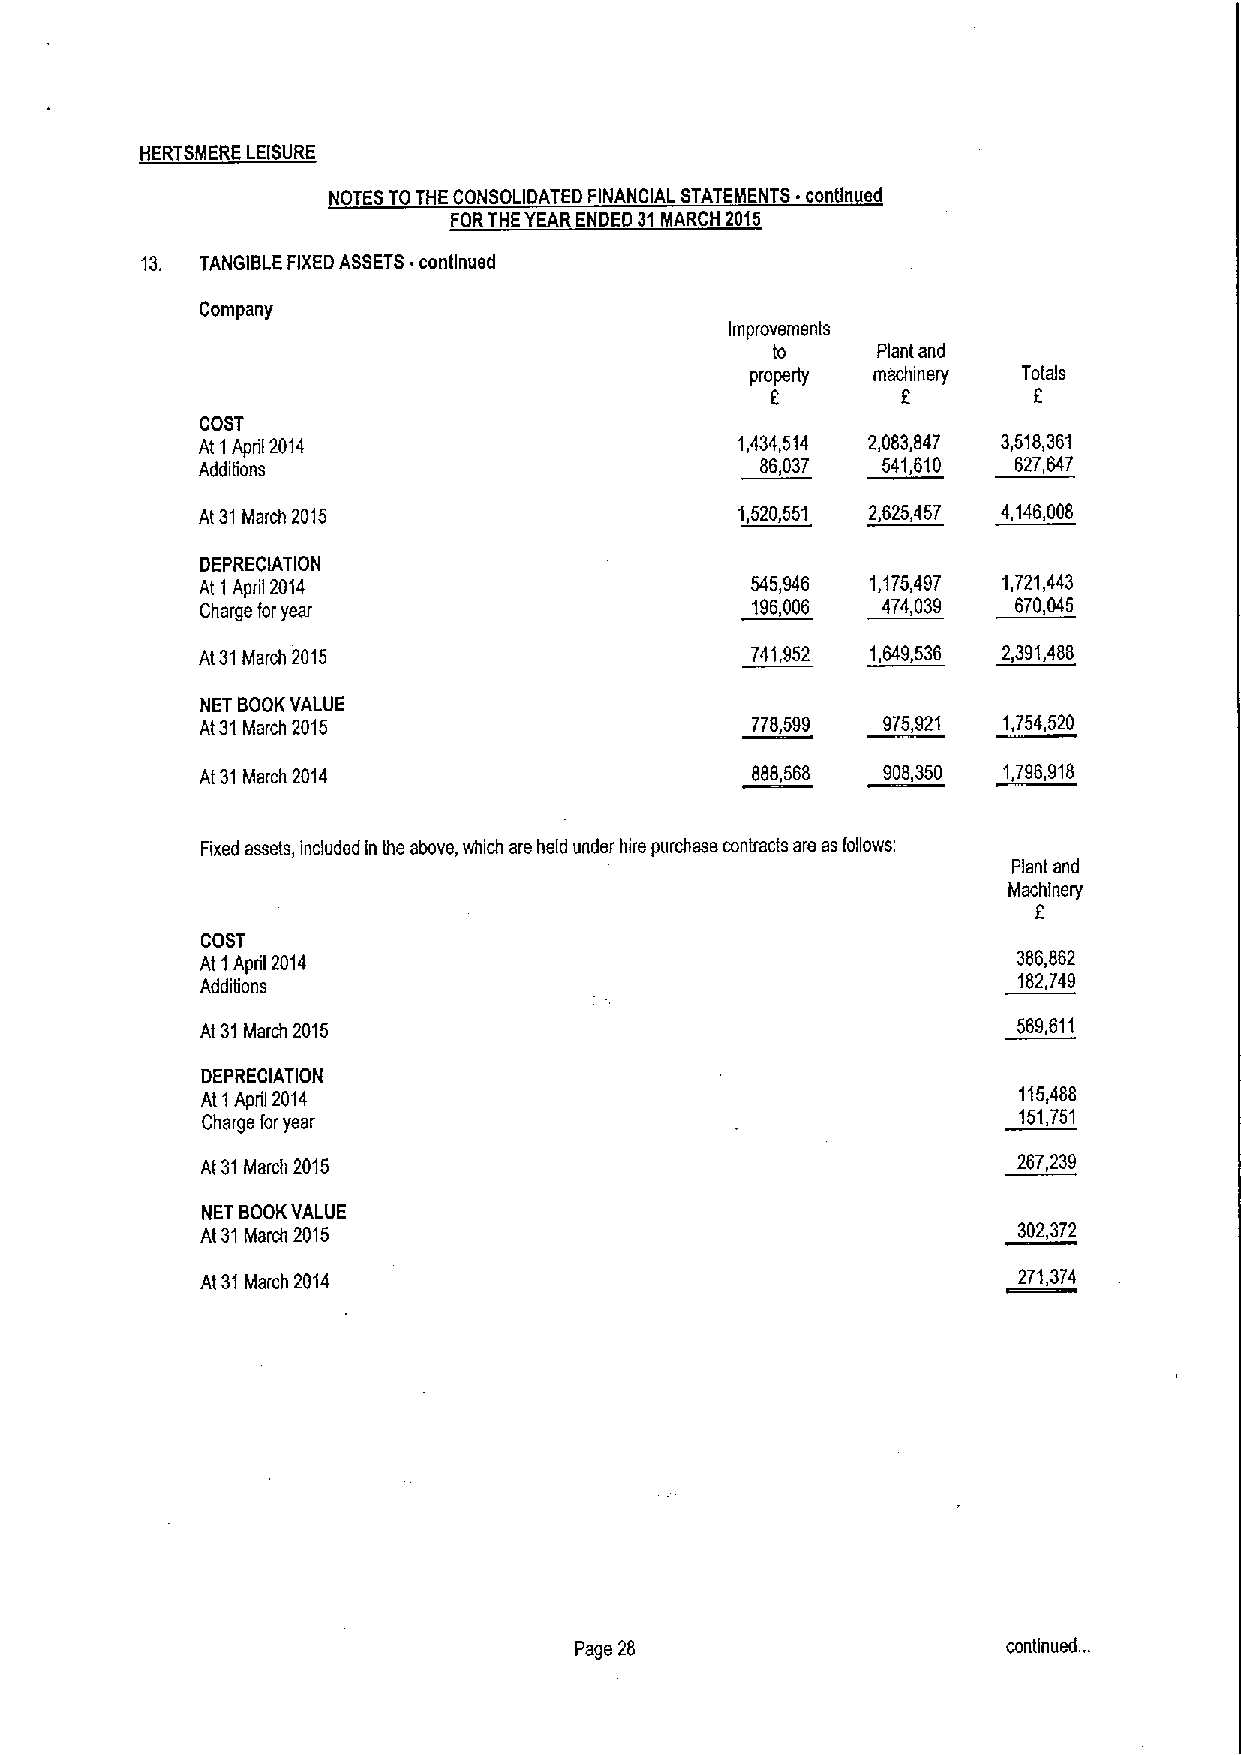
HERTSMERE LEISURE
 NOTES TOTHE CONSOLIDATED FINANCIAL STATEMENTS contin ed
 FORTHEYEAR ENDED 31MARCH 2015
 13. TANGIBLE FIXEDASSETS continued
 Company
 Improvements
 to     Plant and
 property machinery Totals
 6        6
 COST
 At 1April 2014                      1,434,514 2,083,847 3,518,361
 Additions                            86,037  541,610  627,647
 At 31March 2015                     1,520,551 2,625,457 4,146,008
 DEPRECIATION
 At 1April 2014                       545,946 1,175,497 1,721,443
 Charge foryear                       196,006 474,039  670,045
 At31March 2015                       741,952 1,649,536 2,391,488
 NET BOOKVALUE
 At31March 2015                       778,599 975,921 1,754,520
 At 31March 2014                      888,568 908,350 1,796,918
 Fixed assets, included in the above, vrhich are held under hire purchase contracts are asfoflowe:
 Plant and
 Machinery
 COST
 At 1April 2014                                        386,862
 182,749
 Additions
 At31March 2015                                        569,611
 DEPRECIATION
 At 1April 2014                                        115,488
 151,751
 Charge foryear
 At 31March 2015                                       267,239
 NET BOOKVALUE
 At 31March 2015                                       302,372
 At 31March 2014                                       271,374
 Page 28                      continued. ..